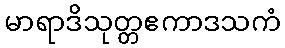
မာရာဒိသုတ္တဧကာဒသကံ